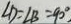
\angle D = \angle B = 9 0 ^ { \circ }